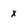
Character: x